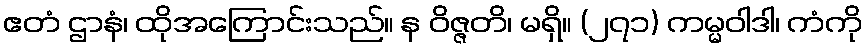
ဧတံ ဌာနံ၊ ထိုအကြောင်းသည်။ န ဝိဇ္ဇတိ၊ မရှိ။ (၂၇၁) ကမ္မဝါဒါ၊ ကံကို